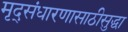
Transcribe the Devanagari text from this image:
मृद्संधारणासाठीसुद्धा